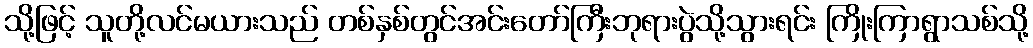
သို့ဖြင့် သူတို့လင်မယားသည် တစ်နှစ်တွင်အင်းတော်ကြီးဘုရားပွဲသို့သွားရင်း ကြိုးကြာရွာသစ်သို့